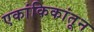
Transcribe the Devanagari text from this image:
एकांकिकांतून